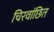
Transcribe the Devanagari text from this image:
चिरवांछित